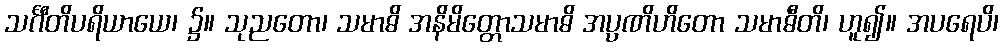
သင်္ဂီတိပရိယာယေ၊ ၌။ သုညတော၊ သမာဓိ အနိမိတ္တောသမာဓိ အပ္ပဏိဟိတော သမာဓီတိ၊ ဟူ၍။ အပရေပိ၊